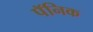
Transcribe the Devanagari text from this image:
पॅनिक